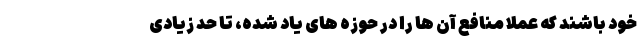
خود باشند که عملا منافع آن ها را در حوزه های یاد شده، تا حد زیادی